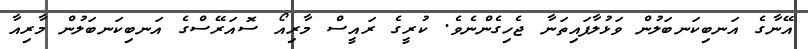
އޭނާގެ އަނބިކަނބަލުން ވަޅުލާފައިތަނާ ޖެހިގެންނެވެ. ކުރީގެ ރައީސް މާރިއޯ ސޮއަރޭސްގެ އަނބިކަނބަލުން މާރިއާ